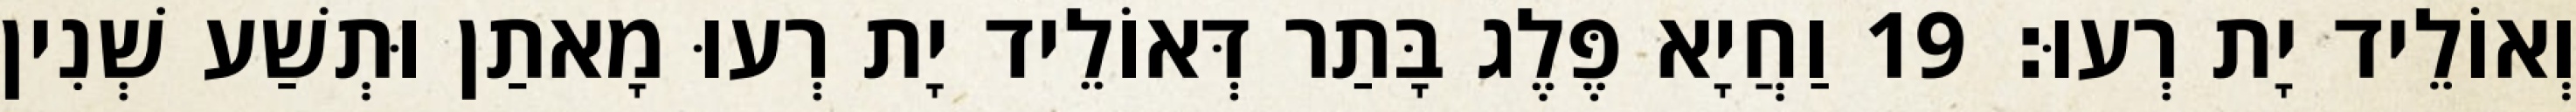
וְאוֹלֵיד יָת רְעוּ׃ 19 וַחֲיָא פֶּלֶג בָּתַר דְּאוֹלֵיד יָת רְעוּ מָאתַן וּתְשַׁע שְׁנִין